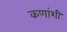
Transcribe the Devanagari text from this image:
कणांशी